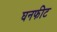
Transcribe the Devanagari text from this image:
घनफीट